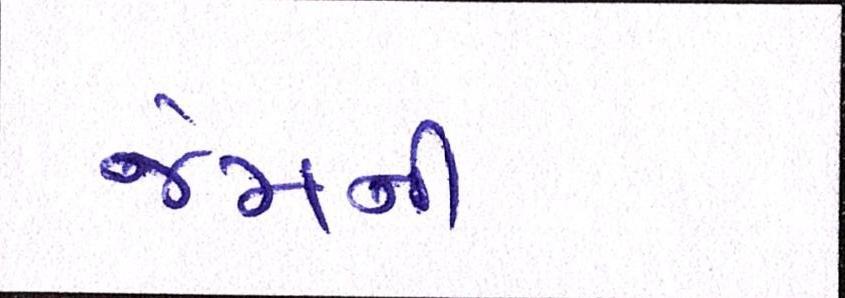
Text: જેમની